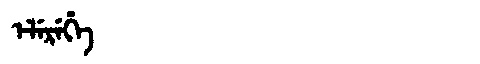
Manchu: ᡝᠯᡝᡵᡝᡥᡝ
Romanization: ELEREHE